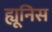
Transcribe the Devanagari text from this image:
ह्यूनिस